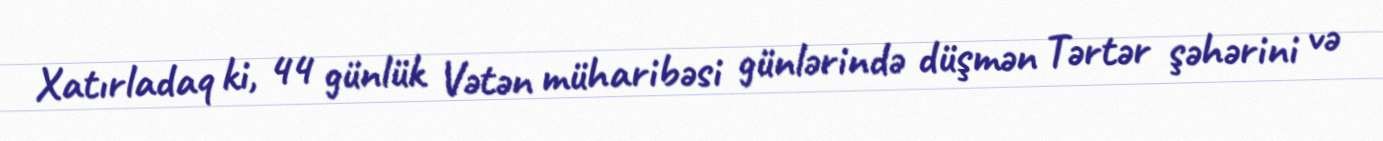
Xatırladaq ki, 44 günlük Vətən müharibəsi günlərində düşmən Tərtər şəhərini və